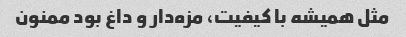
مثل همیشه با کیفیت، مزه‌دار و داغ بود ممنون